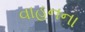
વાહનના